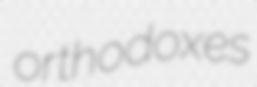
orthodoxes